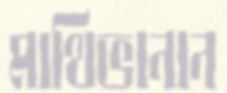
মাথিভানান